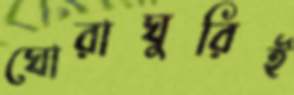
ঘোরাঘুরিই